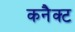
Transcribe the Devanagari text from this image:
कनैक्ट